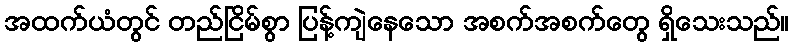
အထက်ယံတွင် တည်ငြိမ်စွာ ပြန့်ကျဲနေသော အစက်အစက်တွေ ရှိသေးသည်။